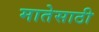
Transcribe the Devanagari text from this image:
मातेसाठी